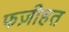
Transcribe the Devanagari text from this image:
फज़ीहत